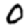
Digit: 0